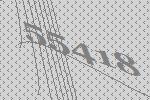
55418